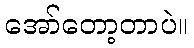
အော်တော့တာပဲ။